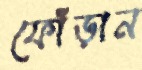
ফোঁড়ান